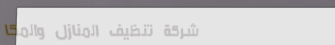
شركة تنظيف المنازل والمكا